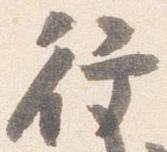
行